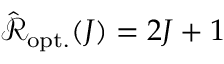
\hat { \mathcal { R } } _ { \mathrm { o p t . } } ( J ) = 2 J + 1